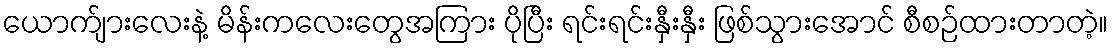
ယောက်ျားလေးနဲ့ မိန်းကလေးတွေအကြား ပိုပြီး ရင်းရင်းနှီးနှီး ဖြစ်သွားအောင် စီစဉ်ထားတာတဲ့။